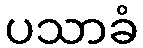
ပသာခံ